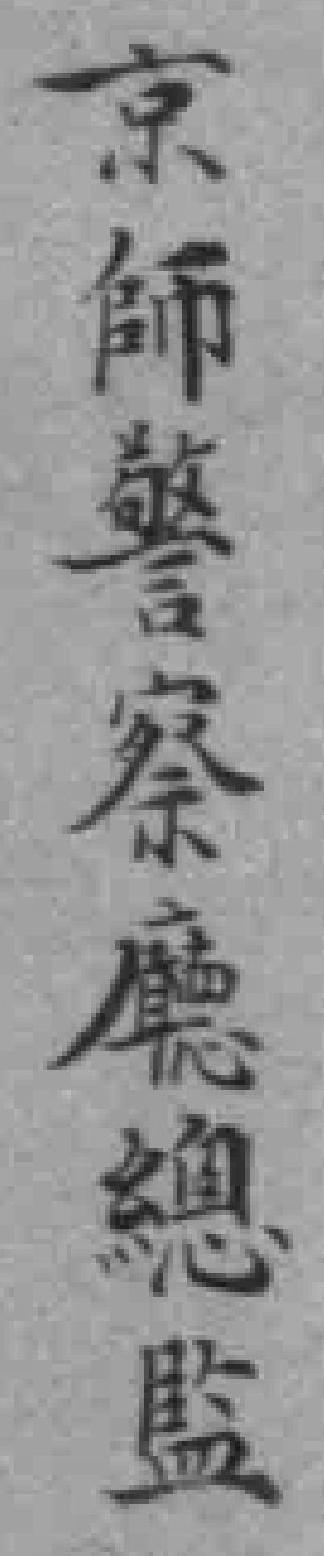
京師警察廳總監